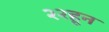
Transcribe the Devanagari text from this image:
२२हून